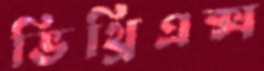
ভিথ্রিএক্স